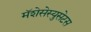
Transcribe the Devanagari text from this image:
मॅशेसेस्युसेटस